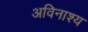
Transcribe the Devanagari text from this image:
अविनाश्य